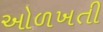
ઓળખતી